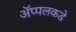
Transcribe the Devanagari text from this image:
ॲप्पलकडे